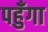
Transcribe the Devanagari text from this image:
पहुँगा